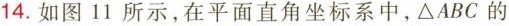
14.如图11所示，在平面直角坐标系中，ΔABC的